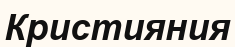
Кристияния